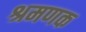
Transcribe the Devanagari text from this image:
श्रमणक